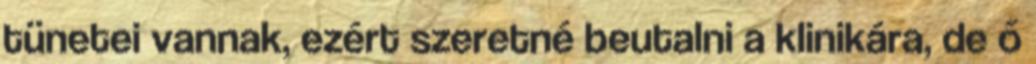
tünetei vannak, ezért szeretné beutalni a klinikára, de ő